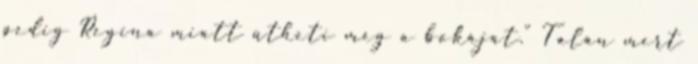
pedig Regina miatt ütheti meg a bokáját.” Talán mert